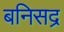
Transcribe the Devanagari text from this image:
बनिसद्र